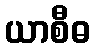
ယာစီဓ